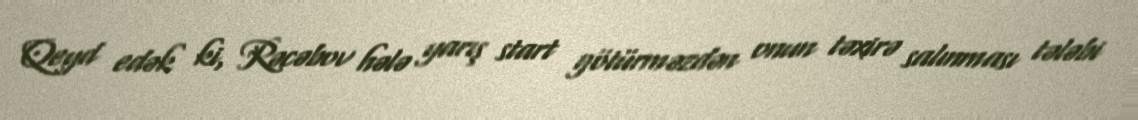
Qeyd edək ki, Rəcəbov hələ yarış start götürməzdən onun təxirə salınması tələbi